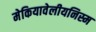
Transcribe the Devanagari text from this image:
मेकियावेलीयनिस्म